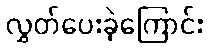
လွှတ်ပေးခဲ့ကြောင်း